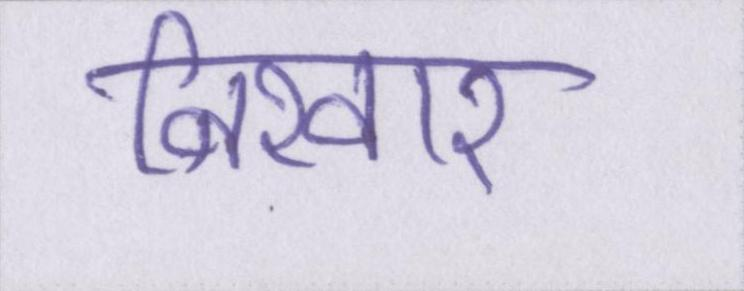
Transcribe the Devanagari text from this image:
निखार